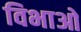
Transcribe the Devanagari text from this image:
विभाओ